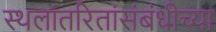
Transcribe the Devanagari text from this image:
स्थलांतरितांसंबंधीच्या